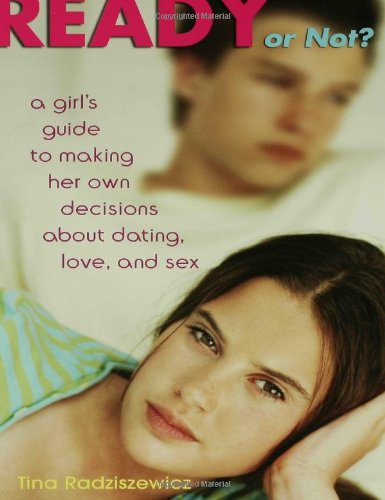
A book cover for Ready or Not?: A Girl's Guide to Making Her Own Decisions about Dating, Love, and Sex; Tina Radziszewicz; Teen & Young Adult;